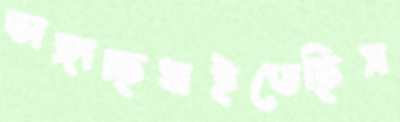
ভাঙ্গাচ্ছধাইতেছিস